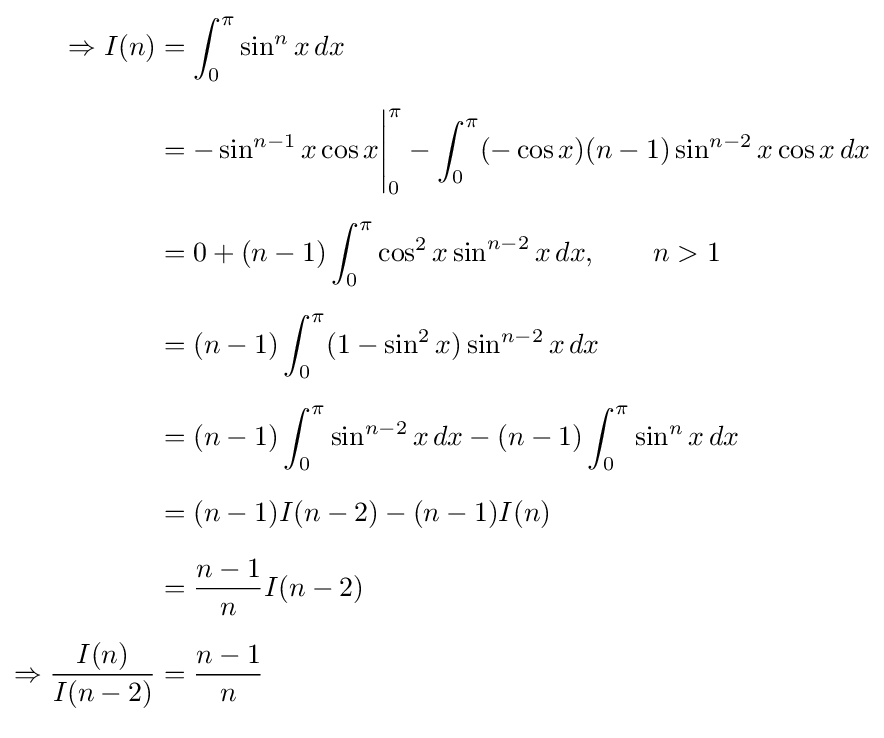
{\begin{aligned}\Rightarrow I(n)&=\int _{0}^{\pi }\sin ^{n}x\,dx\\[6pt]{}&=-\sin ^{n-1}x\cos x{\Biggl |}_{0}^{\pi }-\int _{0}^{\pi }(-\cos x)(n-1)\sin ^{n-2}x\cos x\,dx\\[6pt]{}&=0+(n-1)\int _{0}^{\pi }\cos ^{2}x\sin ^{n-2}x\,dx,\qquad n>1\\[6pt]{}&=(n-1)\int _{0}^{\pi }(1-\sin ^{2}x)\sin ^{n-2}x\,dx\\[6pt]{}&=(n-1)\int _{0}^{\pi }\sin ^{n-2}x\,dx-(n-1)\int _{0}^{\pi }\sin ^{n}x\,dx\\[6pt]{}&=(n-1)I(n-2)-(n-1)I(n)\\[6pt]{}&={\frac {n-1}{n}}I(n-2)\\[6pt]\Rightarrow {\frac {I(n)}{I(n-2)}}&={\frac {n-1}{n}}\\[6pt]\end{aligned}}